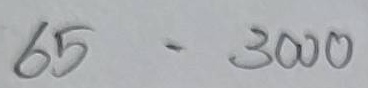
65 = 3000